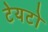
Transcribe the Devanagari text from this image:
टेयटो